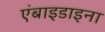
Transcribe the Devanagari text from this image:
एंबाइडाइना